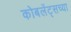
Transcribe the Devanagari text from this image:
कोबलेंट्सच्या